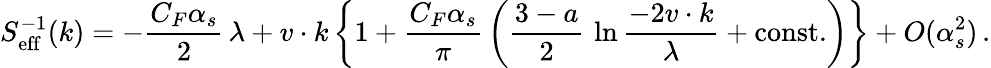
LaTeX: S_{\mathrm{eff}}^{-1}(k)=-{\frac{C_{F}\alpha_{s}}{2}}\, \lambda+v\cdot k\, \bigg\{ 1+{\frac{C_{F}\alpha_{s}}{\pi}}\, \bigg({\frac{3-a}{2}}\, \ln{\frac{-2v\cdot k}{\lambda}}+\mathrm{const.}\bigg)\bigg\} +O(\alpha_{s}^{2})\, .